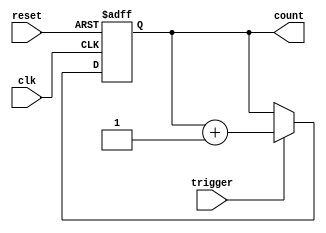
module Counter(
    input wire clk,
    input wire trigger,
    input wire reset,
    output reg [7:0] count
);

always @ (posedge clk or posedge reset)
begin
    if (reset)
        count <= 8'b0;
    else if (trigger)
        count <= count + 1;
end

endmodule